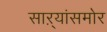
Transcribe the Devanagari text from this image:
साऱ्यांसमोर